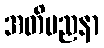
အတိမညနာ